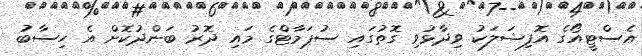
އެސްޓީއޯގެ އޮފިޝަލަކު ވިދާޅުވި ގޮތުގައި ސުޕަމާޓްގެ މައި ދޮރު ބަންދުކޮށް އެ ހިސާބު